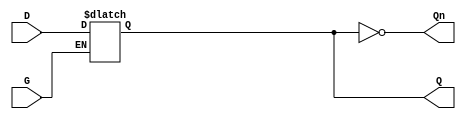
module level_sensitive_gated_latch (
    input wire D,    // Data input
    input wire G,    // Gate control signal
    output reg Q,    // Output signal
    output wire Qn   // Complement of output Q
);

// Complement of Q
assign Qn = ~Q;

// Always block to implement the latch behavior
always @(*) begin
    if (G) begin
        // When G is high, Q follows D
        Q = D;
    end
    // When G is low, Q retains its value (hold state)
end

endmodule